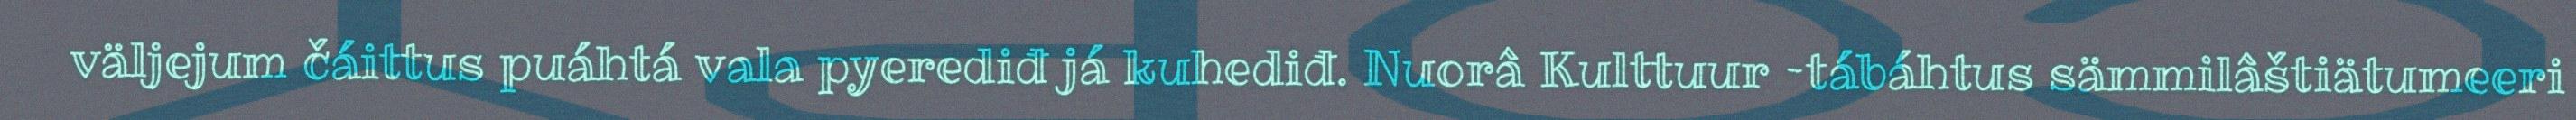
väljejum čáittus puáhtá vala pyerediđ já kuhediđ. Nuorâ Kulttuur –tábáhtus sämmilâštiätumeeri